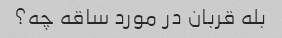
بله قربان در مورد ساقه چه؟